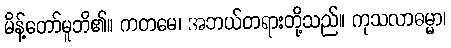
မိန့်တော်မူဘိ၏။ ကတမေ၊ အဘယ်တရားတို့သည်။ ကုသလာဓမ္မာ၊